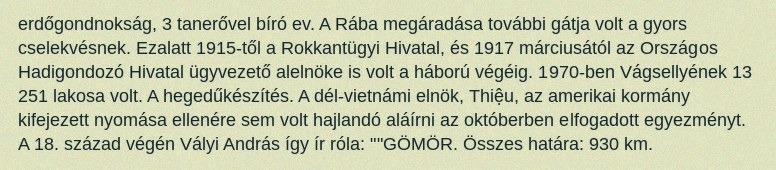
erdőgondnokság, 3 tanerővel bíró ev. A Rába megáradása további gátja volt a gyors cselekvésnek. Ezalatt 1915-től a Rokkantügyi Hivatal, és 1917 márciusától az Országos Hadigondozó Hivatal ügyvezető alelnöke is volt a háború végéig. 1970-ben Vágsellyének 13 251 lakosa volt. A hegedűkészítés. A dél-vietnámi elnök, Thiệu, az amerikai kormány kifejezett nyomása ellenére sem volt hajlandó aláírni az októberben elfogadott egyezményt. A 18. század végén Vályi András így ír róla: ""GÖMÖR. Összes határa: 930 km.